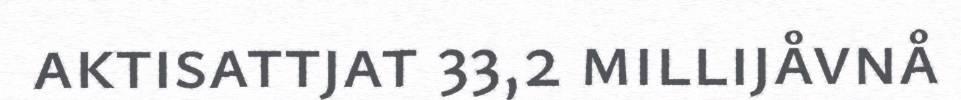
aktisattjat 33,2 millijåvnå